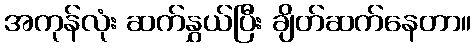
အကုန်လုံး ဆက်နွှယ်ပြီး ချိတ်ဆက်နေတာ။